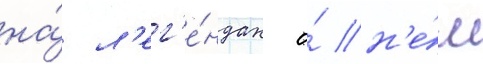
на́ л'ег'е́ндах о́ н'е́м